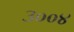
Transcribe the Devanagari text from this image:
३००४